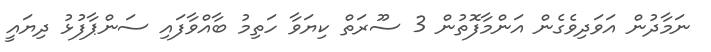
ނަމާދުން އަވަދިވެގެން އަންމާފޮތުން 3 ސޫރަތް ކިޔަވާ ހަތިމު ބާއްވާފައި ސަންޕާފުޅު ދިޔައީ